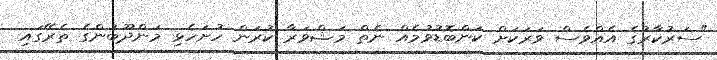
"ސަރުކާރުގެ އެއްވެސް ވަރަކަށް ކަންބޮޑުވުމެއް ނެތް މަޝްވަރާ ކުރަން ހުށަހެޅި މަންދޫބުންގެ ތެރޭގައި